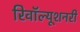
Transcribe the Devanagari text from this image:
रिवॉल्यूशनरी